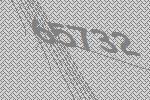
65732